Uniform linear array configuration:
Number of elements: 4
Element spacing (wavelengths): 0.75
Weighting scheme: hamming
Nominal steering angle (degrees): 15
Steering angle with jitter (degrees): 14.194
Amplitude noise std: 0.05
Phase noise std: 0.05

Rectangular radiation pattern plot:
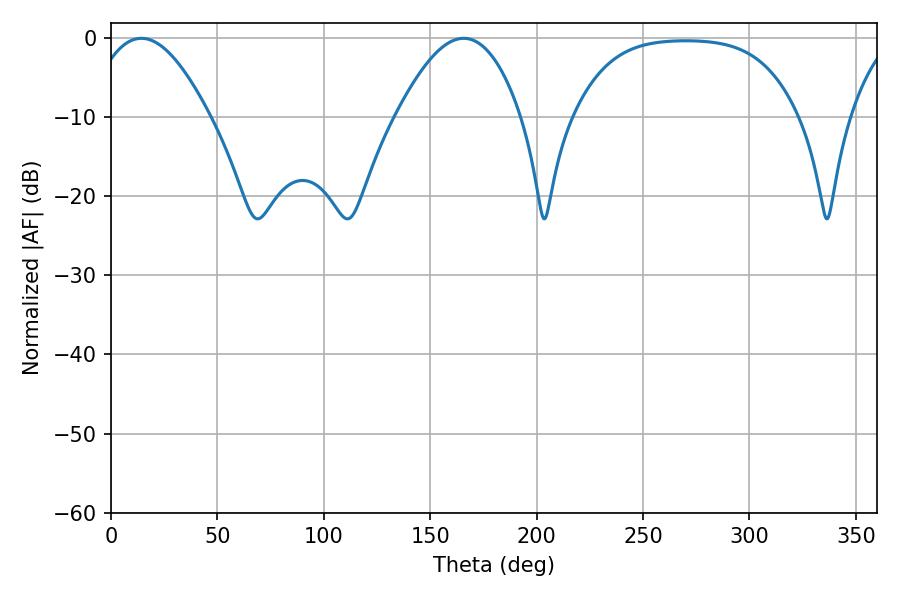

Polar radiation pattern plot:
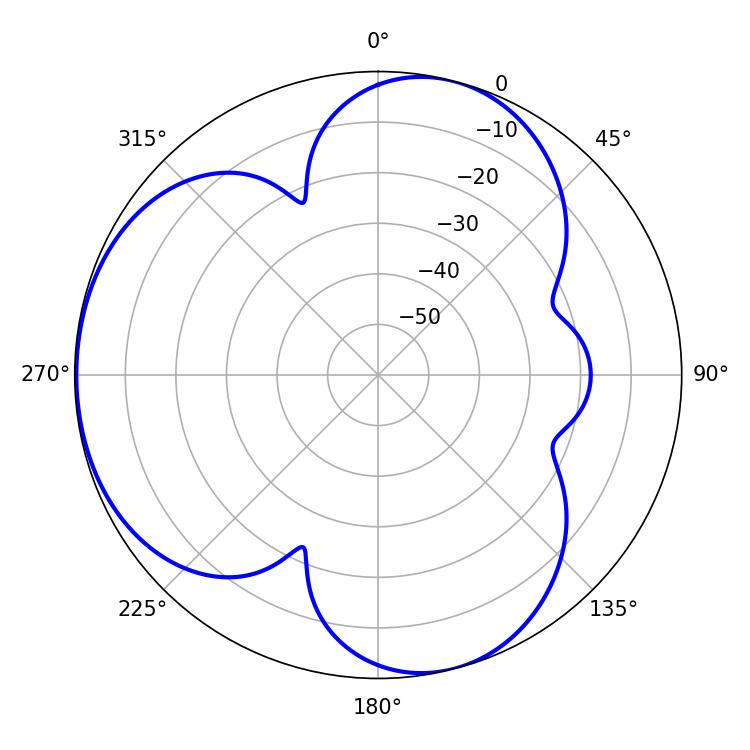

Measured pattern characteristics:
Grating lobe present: TRUE
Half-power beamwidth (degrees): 31.14
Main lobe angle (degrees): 14.22